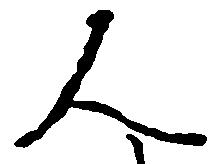
人